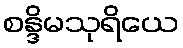
စန္ဒိမသုရိယေ